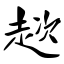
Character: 趑